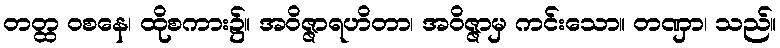
တတ္ထ ဝစနေ၊ ထိုစကား၌။ အဝိဇ္ဇာရဟိတာ၊ အဝိဇ္ဇာမှ ကင်းသော။ တဏှာ၊ သည်။